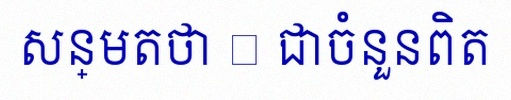
សន្មតថា x ជាចំនួនពិត